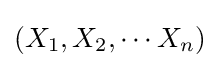
(X_{1},X_{2},\cdots X_{n})